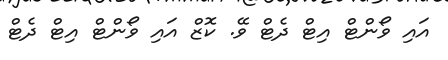
އައި ވޯންޓް އިޓް ދެޓް ވޭ. ކޮޒް އައި ވޯންޓް އިޓް ދެޓް